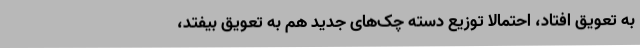
به تعویق افتاد، احتمالا توزیع دسته چک‌های جدید هم به تعویق بیفتد،